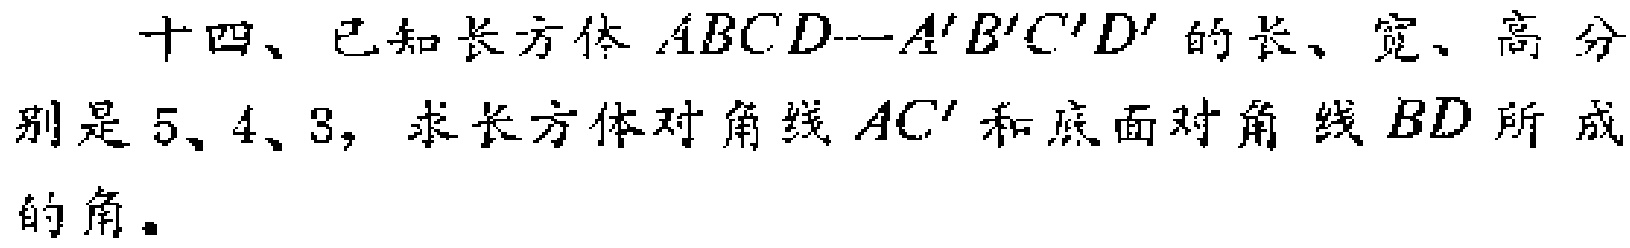
十四、已知长方体 \(ABCD—A'B'C'D'\) 的长、宽、高分别是 \(5\)、\(4\)、\(3\)，求长方体对角线 \(AC'\) 和底面对角线 \(BD\) 所成的角。